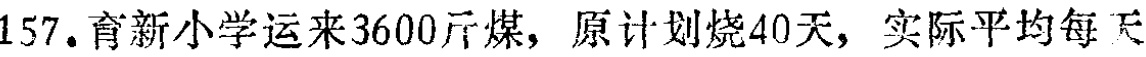
157. 育新小学运来3600斤煤，原计划烧40天，实际平均每天